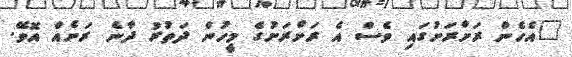
"އެހެން ރަށްރަށުގައި ވެސް އެ ރަށްރަށުގެ މީހުން ދަތުރު ދާނެ ރަށެއް އޮވޭ.